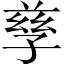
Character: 孳